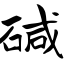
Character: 碱